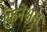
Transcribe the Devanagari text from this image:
फिनेअस